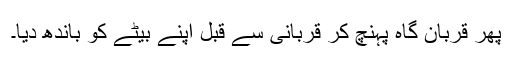
پھر قربان گاہ پہنچ کر قربانی سے قبل اپنے بیٹے کو باندھ دیا۔